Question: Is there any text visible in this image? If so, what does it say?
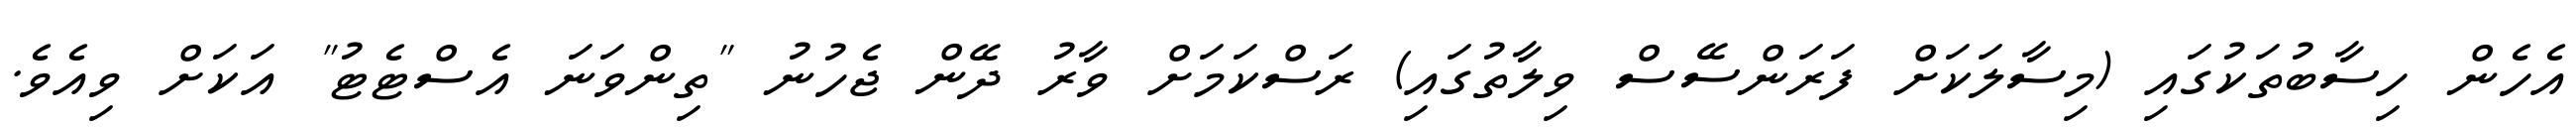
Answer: އެހެން ހިސާބުތަކުގައި (މިސާލަކަށް ފަރަންސޭސް ވިލާތުގައި) ރަސްކަމަށް ވާރު ދޭން ޖެހުނު "ތިންވަނަ އެސްޓެޓު" އަކަށް ވިއެވެ.